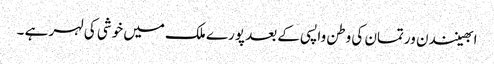
ابھینندن ورتمان کی وطن واپسی کے بعد پورے ملک میں خوشی کی لہر ہے ۔